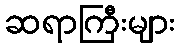
ဆရာကြီးများ